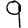
Digit: 9